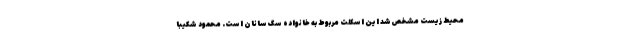
محیط زیست مشخص شد این اسکلت مربوط به خانواده سگ سانان است. محمود شکیبا